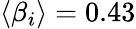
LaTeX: \langle\beta_{i}\rangle=0.43